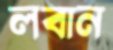
লবান